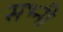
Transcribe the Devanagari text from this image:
सभ्नी